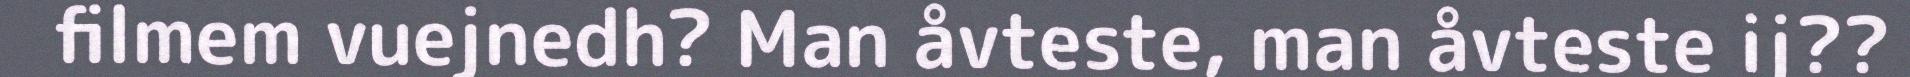
filmem vuejnedh? Man åvteste, man åvteste ij??